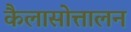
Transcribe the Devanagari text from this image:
कैलासोत्तालन